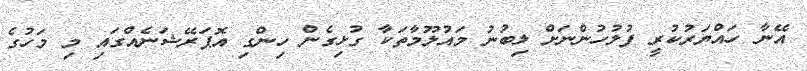
އޭނާ ހައްޔަރުކުރީ ފުލުހުންނަށް ލިބުނު މައުލޫމާތަކާ ގުޅިގެން ހިންގި އޮޕަރޭޝަނެއްގައި މި މަހުގެ